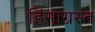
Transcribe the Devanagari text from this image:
हिंसाग्रस्त